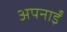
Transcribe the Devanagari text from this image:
अपनाईं